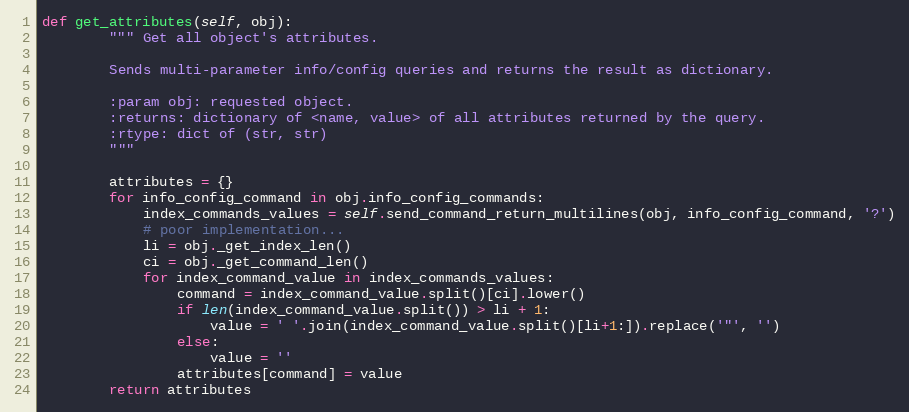
Language: Python
def get_attributes(self, obj):
        """ Get all object's attributes.

        Sends multi-parameter info/config queries and returns the result as dictionary.

        :param obj: requested object.
        :returns: dictionary of <name, value> of all attributes returned by the query.
        :rtype: dict of (str, str)
        """

        attributes = {}
        for info_config_command in obj.info_config_commands:
            index_commands_values = self.send_command_return_multilines(obj, info_config_command, '?')
            # poor implementation...
            li = obj._get_index_len()
            ci = obj._get_command_len()
            for index_command_value in index_commands_values:
                command = index_command_value.split()[ci].lower()
                if len(index_command_value.split()) > li + 1:
                    value = ' '.join(index_command_value.split()[li+1:]).replace('"', '')
                else:
                    value = ''
                attributes[command] = value
        return attributes